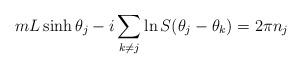
LaTeX: \begin{align*}mL\sinh\theta_j-i\sum_{k\neq j}\ln S(\theta_j-\theta_k)=2\pi n_j\end{align*}